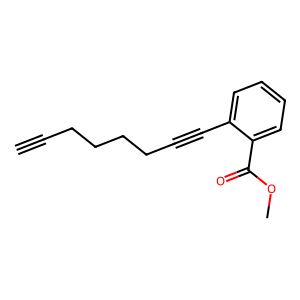
SMILES: C#CCCCCC#Cc1ccccc1C(=O)OC
Inhibits HIV replication: No